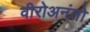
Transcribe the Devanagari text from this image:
वीरोअनंतो